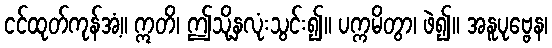
ငင်ထုတ်ကုန်အံ့။ ဣတိ၊ ဤသို့နှလုံးသွင်း၍။ ပက္ကမိတွာ၊ ဖဲ၍။ အနူပုဗ္ဗေန၊